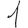
Digit: 1